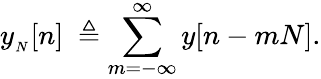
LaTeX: y_{_{N}}[n]\ \triangleq\sum_{m=-\infty}^{\infty}y[n-mN].